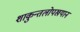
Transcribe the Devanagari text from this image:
शाकुन्तलोपखयान